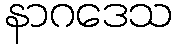
နာဂဒေသ